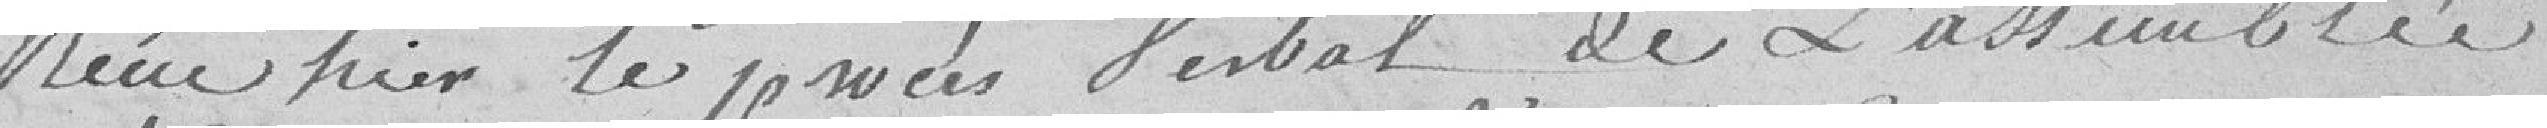
reçu hier le procès verbal de l'assemblée